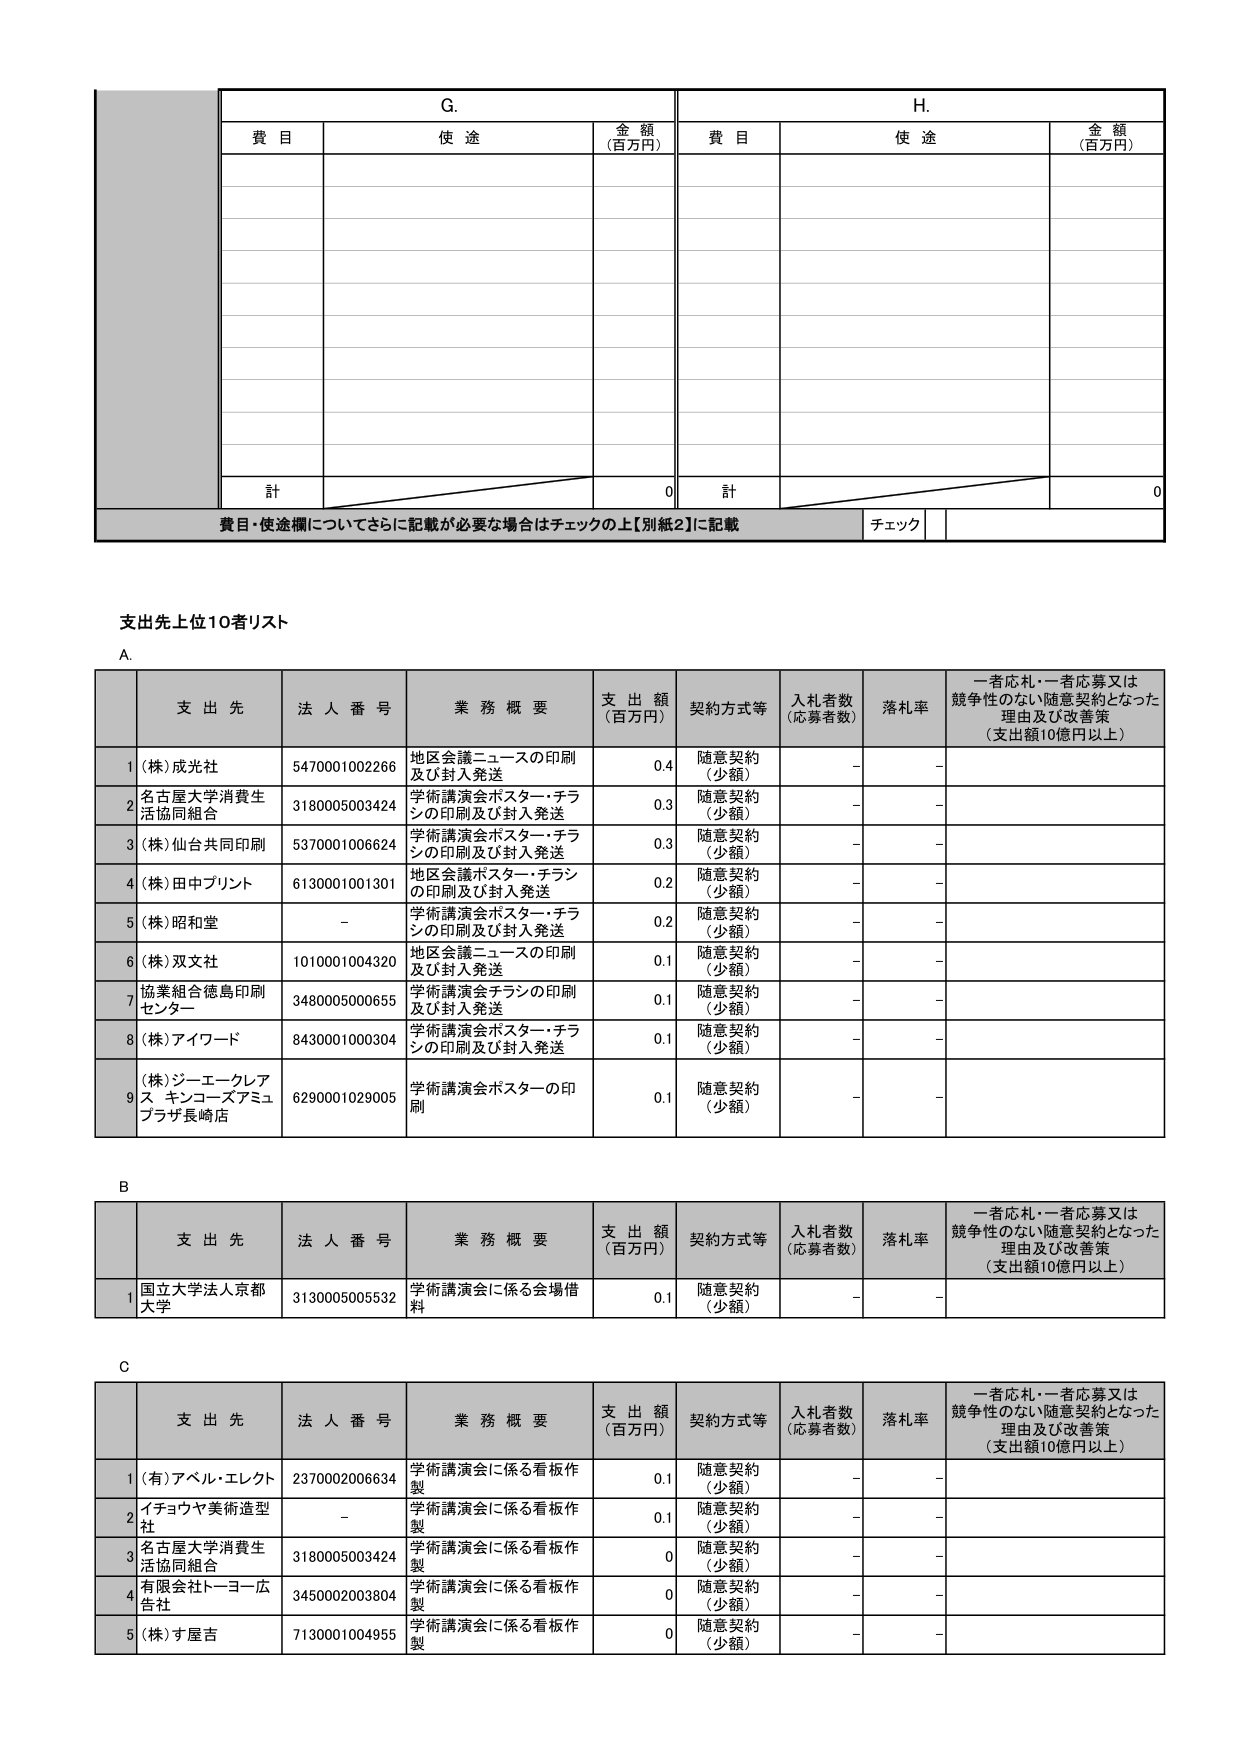
G.
費 目  使 途  金 額 (百万円)
H.
費 目  使 途  金 額 (百万円)

計  0  計  0
費目・使途欄についてさらに記載が必要な場合はチェックの上【別紙2】に記載  チェック

支出先上位10者リスト

A.
支 出 先  法 人 番 号  業 務 概 要  支 出 額 (百万円)  契約方式等  入札者数 (応募者数)  落札率  一者応札・一者応募又は競争性のない随意契約となった理由及び改善策 (支出額10億円以上)
1 (株)成光社  5470001002266  地区会議ニュースの印刷及び封入発送  0.4  随意契約 (少額)  -  -
2 名古屋大学消費生活協同組合  3180005003424  学術講演会ポスター・チラシの印刷及び封入発送  0.3  随意契約 (少額)  -  -
3 (株)仙台共同印刷  5370001006624  学術講演会ポスター・チラシの印刷及び封入発送  0.3  随意契約 (少額)  -  -
4 (株)田中プリント  6130001001301  地区会議ポスター・チラシの印刷及び封入発送  0.2  随意契約 (少額)  -  -
5 (株)昭和堂  -  学術講演会ポスター・チラシの印刷及び封入発送  0.2  随意契約 (少額)  -  -
6 (株)双文社  1010001004320  地区会議ニュースの印刷及び封入発送  0.1  随意契約 (少額)  -  -
7 協業組合徳島印刷センター  3480005000655  学術講演会チラシの印刷及び封入発送  0.1  随意契約 (少額)  -  -
8 (株)アイワード  8430001000304  学術講演会ポスター・チラシの印刷及び封入発送  0.1  随意契約 (少額)  -  -
9 (株)ジーエークレアス キンコーズアミュプラザ長崎店  6290001029005  学術講演会ポスターの印刷  0.1  随意契約 (少額)  -  -

B
支 出 先  法 人 番 号  業 務 概 要  支 出 額 (百万円)  契約方式等  入札者数 (応募者数)  落札率  一者応札・一者応募又は競争性のない随意契約となった理由及び改善策 (支出額10億円以上)
1 国立大学法人京都大学  3130005005532  学術講演会に係る会場借料  0.1  随意契約 (少額)  -  -

C
支 出 先  法 人 番 号  業 務 概 要  支 出 額 (百万円)  契約方式等  入札者数 (応募者数)  落札率  一者応札・一者応募又は競争性のない随意契約となった理由及び改善策 (支出額10億円以上)
1 (有)アベル・エレクト  2370002006634  学術講演会に係る看板作製  0.1  随意契約 (少額)  -  -
2 イチョウヤ美術造型社  -  学術講演会に係る看板作製  0.1  随意契約 (少額)  -  -
3 名古屋大学消費生活協同組合  3180005003424  学術講演会に係る看板作製  0  随意契約 (少額)  -  -
4 有限会社トーヨー広告社  3450002003804  学術講演会に係る看板作製  0  随意契約 (少額)  -  -
5 (株)す屋吉  7130001004955  学術講演会に係る看板作製  0  随意契約 (少額)  -  -